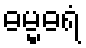
ဓမ္မဓရံ